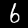
Label: 6